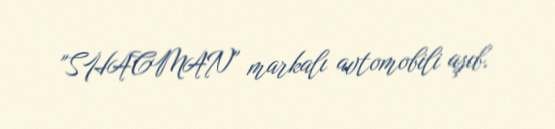
"SHACMAN" markalı avtomobili aşıb.